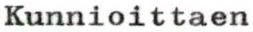
Kunnioittaen